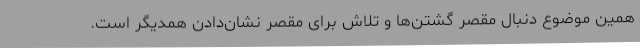
همین موضوع دنبال مقصر گشتن‌ها و تلاش برای مقصر نشان‌دادن همدیگر است.